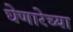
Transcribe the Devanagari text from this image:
घेणारेच्या